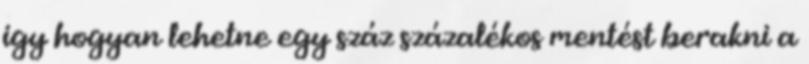
igy hogyan lehetne egy száz százalékos mentést berakni a